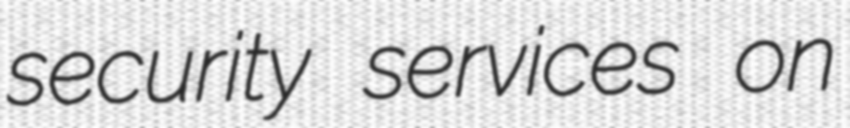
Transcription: security services on